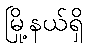
မြို့နယ်ရှိ